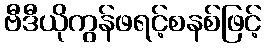
ဗီဒီယိုကွန်ဖရင့်စနစ်ဖြင့်